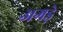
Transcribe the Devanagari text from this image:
अगड़े